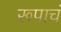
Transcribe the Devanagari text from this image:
रूपाचं